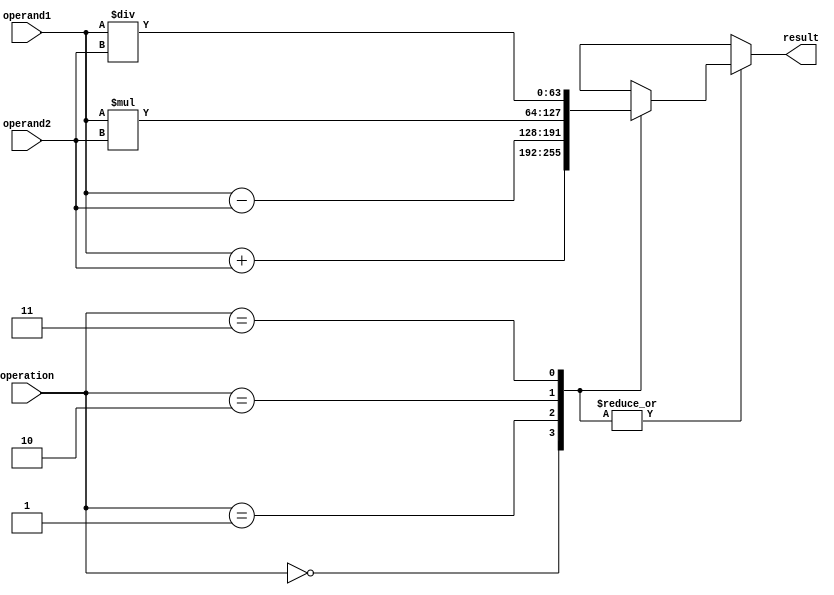
module DoublePrecisionFloatingPointUnit (
    input [63:0] operand1,
    input [63:0] operand2,
    input [1:0] operation, // 00:addition, 01:subtraction, 10:multiplication, 11:division
    output reg [63:0] result
);

reg [63:0] intermediate_value;

always @(*) begin
    case(operation)
        2'b00: intermediate_value = operand1 + operand2; // Addition
        2'b01: intermediate_value = operand1 - operand2; // Subtraction
        2'b10: intermediate_value = operand1 * operand2; // Multiplication
        2'b11: intermediate_value = operand1 / operand2; // Division
        default: intermediate_value = 64'b0; // default value
    endcase
end

always @(*) begin
    case(operation)
        2'b00, 2'b01, 2'b10, 2'b11: result = intermediate_value;
        default: result = 64'b0; // default value
    endcase
end

endmodule